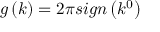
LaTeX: g \left( k \right) = 2 \pi s i g n \left( k ^ { 0 } \right)